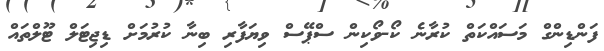
ފަންޑިންގް މަސައްކަތް ކުރާނެ ކޯ-ވޯކިން ސްޕޭސް ވިޔަފާރި ބިނާ ކުރުމަށް ޑިޖިޓަލް ޓޫލްތައް